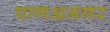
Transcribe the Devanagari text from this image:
पाणअजगर